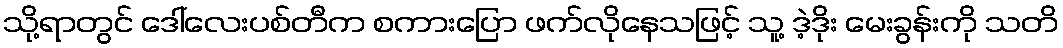
သို့ရာတွင် ဒေါ်လေးပစ်တီက စကားပြော ဖက်လိုနေသဖြင့် သူ့ ဒဲ့ဒိုး မေးခွန်းကို သတိ